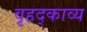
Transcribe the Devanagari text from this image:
वृहद्काव्य